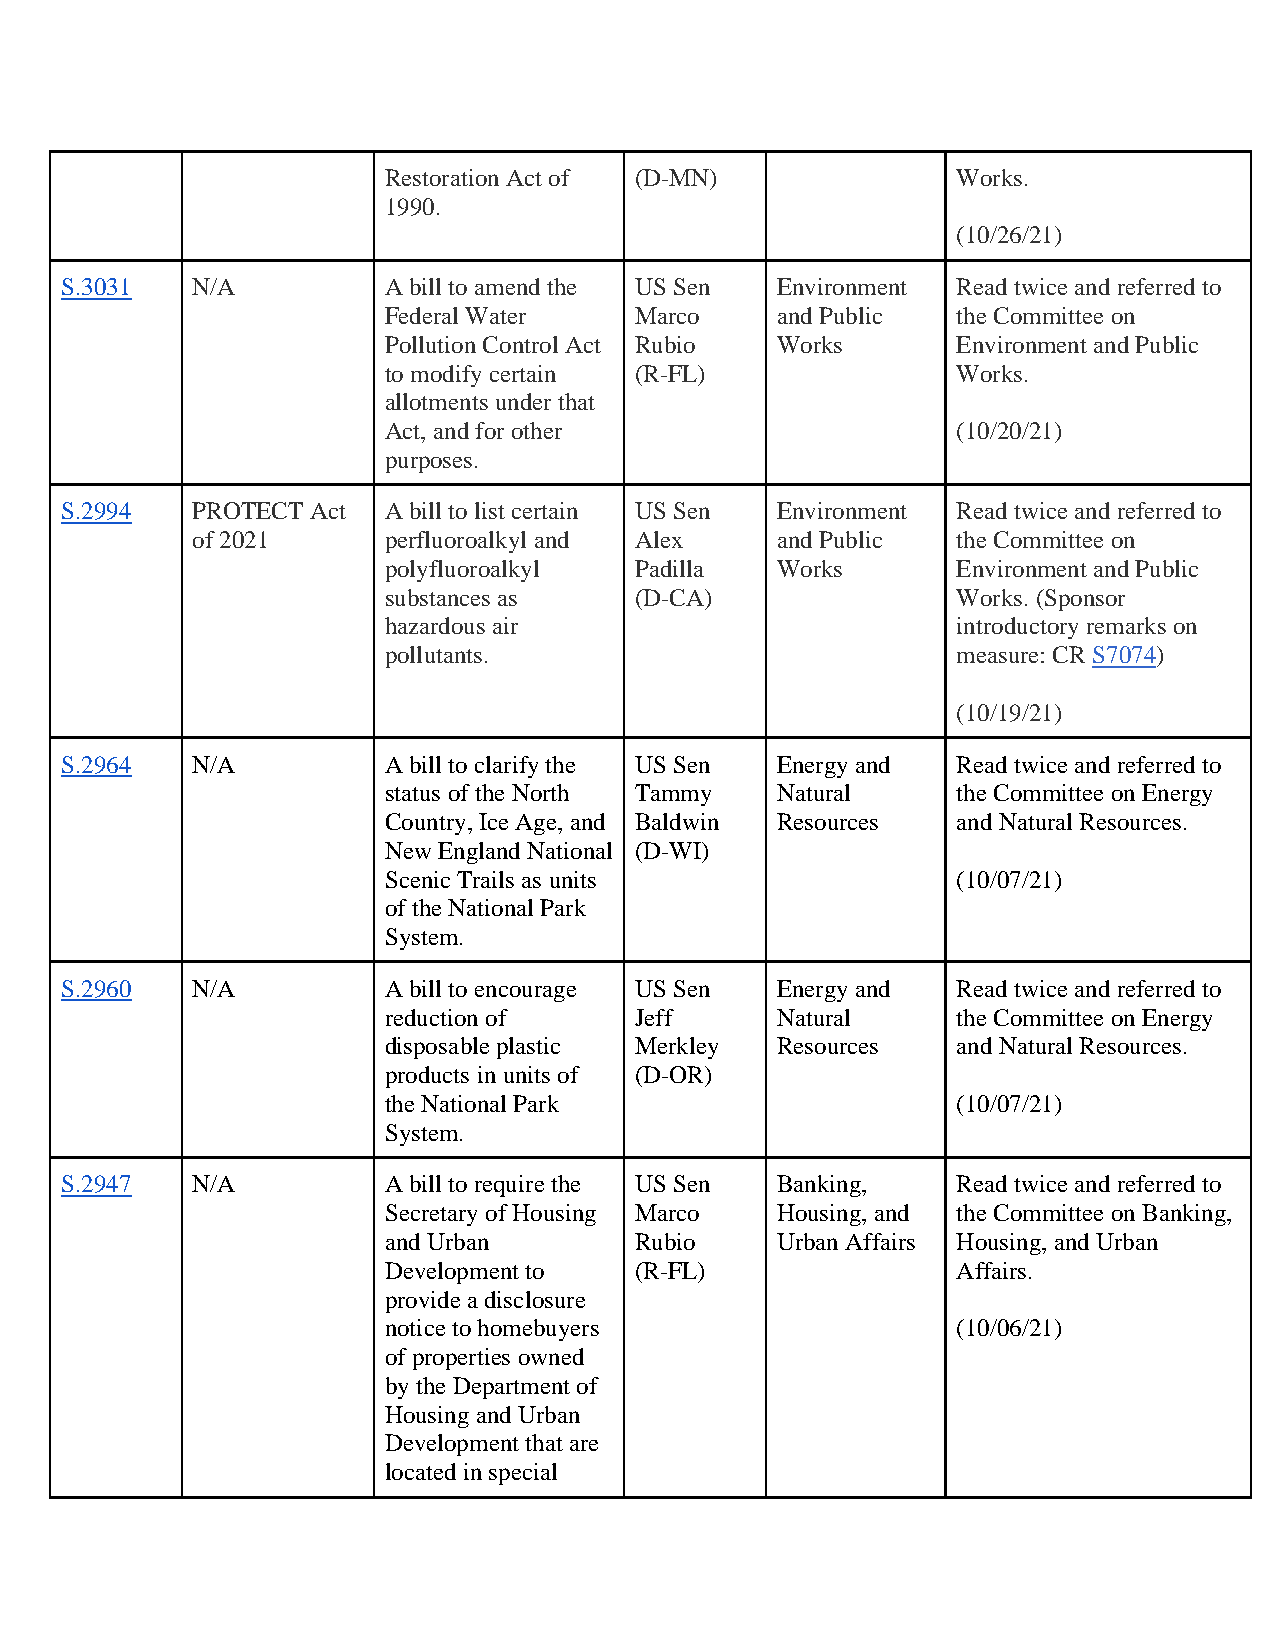
Restoration Act of (D-MN)             Works.
 1990.
 (10/26/21)
 S.3031   N/A         A bill to amend the US Sen Environment Read twice and referred to
 Federal Water    Marco    and Public  the Committee on
 Pollution Control Act Rubio Works     Environment and Public
 to modify certain (R-FL)              Works.
 allotments under that
 Act, and for other                    (10/20/21)
 purposes.
 S.2994   PROTECT Act A bill to list certain US Sen Environment Read twice and referred to
 of 2021     perfluoroalkyl and Alex   and Public  the Committee on
 polyfluoroalkyl  Padilla  Works       Environment and Public
 substances as    (D-CA)               Works. (Sponsor
 hazardous air                         introductory remarks on
 pollutants.                           measure: CR S7074)
 (10/19/21)
 S.2964   N/A         A bill to clarify the US Sen Energy and Read twice and referred to
 status of the North Tammy Natural     the Committee on Energy
 Country, Ice Age, and Baldwin Resources and Natural Resources.
 New England National (D-WI)
 Scenic Trails as units                (10/07/21)
 of the National Park
 System.
 S.2960   N/A         A bill to encourage US Sen Energy and Read twice and referred to
 reduction of     Jeff     Natural     the Committee on Energy
 disposable plastic Merkley Resources  and Natural Resources.
 products in units of (D-OR)
 the National Park                     (10/07/21)
 System.
 S.2947   N/A         A bill to require the US Sen Banking, Read twice and referred to
 Secretary of Housing Marco Housing, and the Committee on Banking,
 and Urban        Rubio    Urban Affairs Housing, and Urban
 Development to   (R-FL)               Affairs.
 provide a disclosure
 notice to homebuyers                  (10/06/21)
 of properties owned
 by the Department of
 Housing and Urban
 Development that are
 located in special